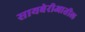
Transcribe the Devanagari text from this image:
सायबेरीआतील